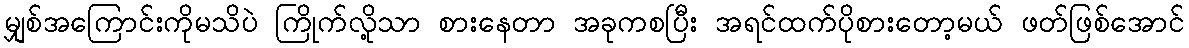
မျှစ်အကြောင်းကိုမသိပဲ ကြိုက်လို့သာ စားနေတာ အခုကစပြီး အရင်ထက်ပိုစားတော့မယ် ဖတ်ဖြစ်အောင်